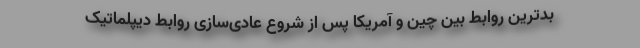
بدترین روابط بین چین و آمریکا پس از شروع عادی‌سازی روابط دیپلماتیک